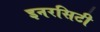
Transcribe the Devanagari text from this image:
इनरसिटी